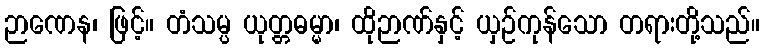
ဉာဏေန၊ ဖြင့်။ တံသမ္ပ ယုတ္တဓမ္မာ၊ ထိုဉာဏ်နှင့် ယှဉ်ကုန်သော တရားတို့သည်။